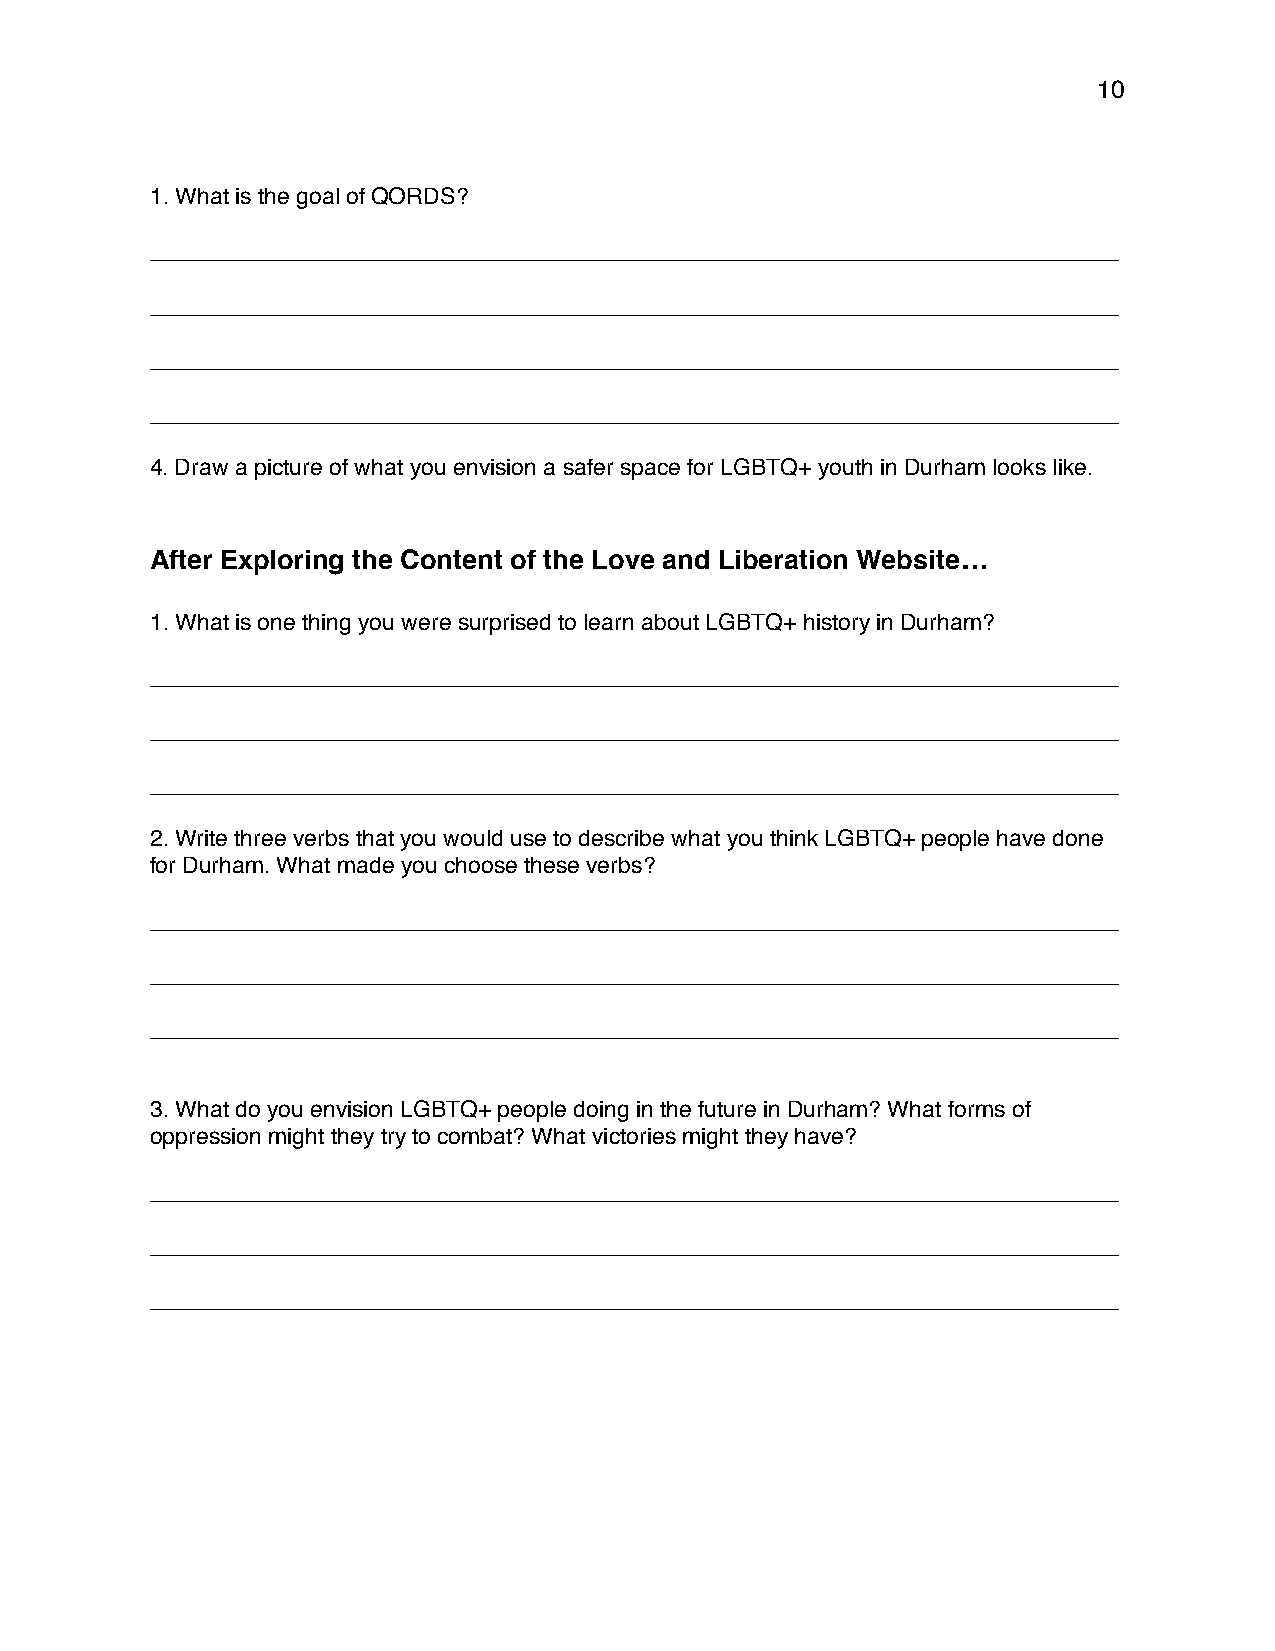
10
 1. What is the goal of QORDS?
 ____________________________________________________________________________
 ____________________________________________________________________________
 ____________________________________________________________________________
 ____________________________________________________________________________
 4. Draw a picture of what you envision a safer space for LGBTQ+ youth in Durham looks like.
 After Exploring the Content of the Love and Liberation Website…
 1. What is one thing you were surprised to learn about LGBTQ+ history in Durham?
 ____________________________________________________________________________
 ____________________________________________________________________________
 ____________________________________________________________________________
 2. Write three verbs that you would use to describe what you think LGBTQ+ people have done
 for Durham. What made you choose these verbs?
 ____________________________________________________________________________
 ____________________________________________________________________________
 ____________________________________________________________________________
 3. What do you envision LGBTQ+ people doing in the future in Durham? What forms of
 oppression might they try to combat? What victories might they have?
 ____________________________________________________________________________
 ____________________________________________________________________________
 ____________________________________________________________________________